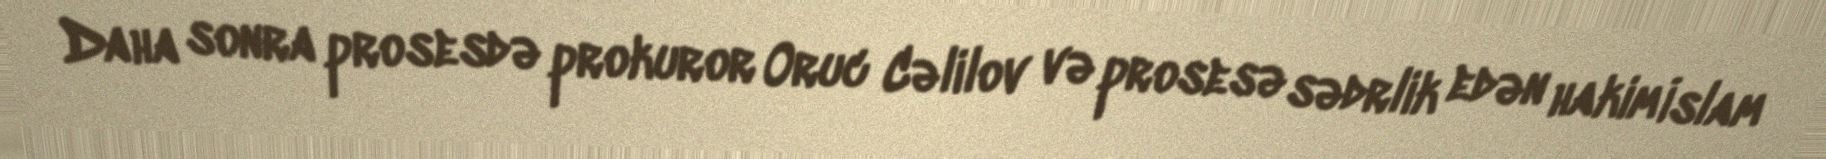
Daha sonra prosesdə prokuror Oruc Cəlilov və prosesə sədrlik edən hakim İslam